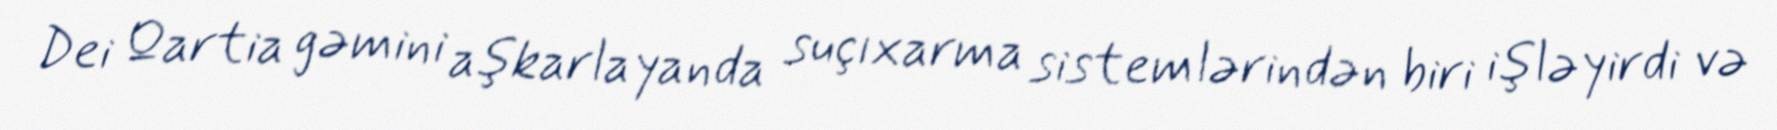
Dei Qartia gəmini aşkarlayanda suçıxarma sistemlərindən biri işləyirdi və